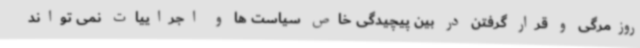
روزمرگی و قرار گرفتن در بین پیچیدگی خاص سیاست ها و اجراییات نمی تواند